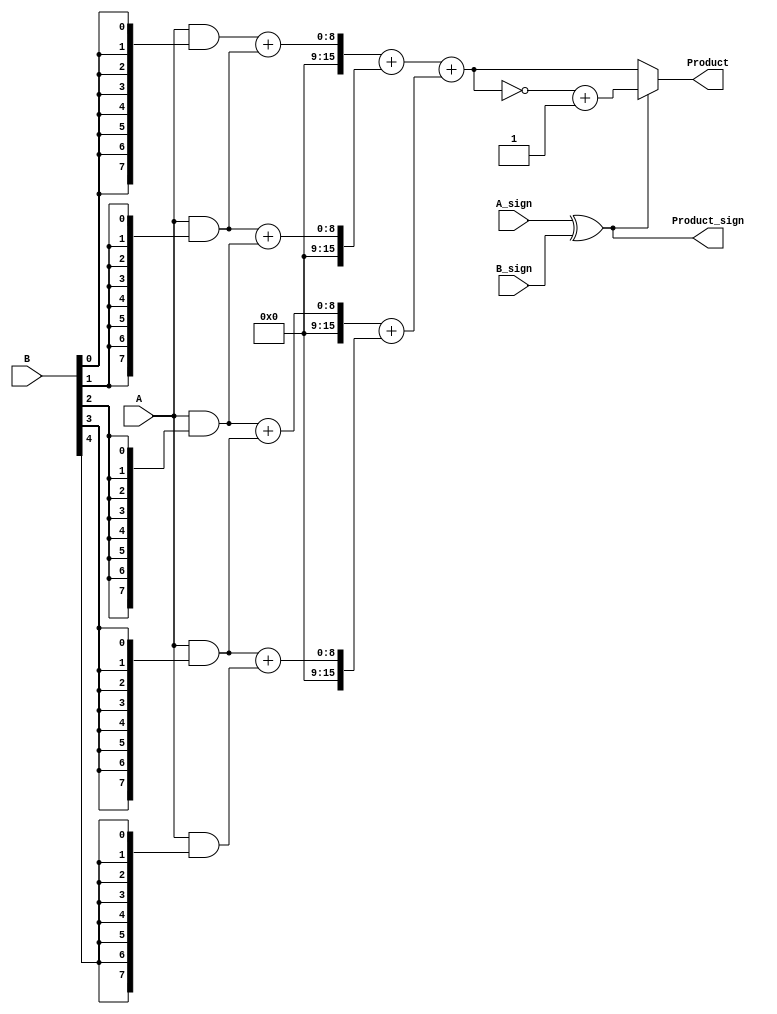
module fixed_point_wallace_tree_multiplier #(
    parameter N = 8, // Number of bits for operand A
    parameter M = 8  // Number of bits for operand B
)(
    input [N-1:0] A,           // First fixed-point operand
    input [M-1:0] B,           // Second fixed-point operand
    input A_sign,              // Sign bit of operand A
    input B_sign,              // Sign bit of operand B
    output reg [N+M-1:0] Product, // Fixed-point product output
    output reg Product_sign     // Sign bit of the resultant product
);

    // Partial product generation
    wire [N-1:0] partial_products[M-1:0];
    genvar i;
    generate
        for (i = 0; i < M; i = i + 1) begin: pp_gen
            assign partial_products[i] = A & {N{B[i]}};
        end
    endgenerate

    // Wallace tree reduction
    wire [N+M-1:0] sum[2*N-1:0]; // Intermediate sums
    wire [N+M-1:0] carry[2*N-1:0]; // Carry bits
    wire [N+M-1:0] final_sum;
    wire [N+M-1:0] final_carry;

    // Level 1: Combine partial products
    generate
        for (i = 0; i < M; i = i + 1) begin: reduction
            if (i < M-1) begin
                // Full adder for pairs of partial products
                assign {carry[i], sum[i]} = partial_products[i] + partial_products[i+1];
            end else begin
                assign sum[i] = partial_products[i];
                assign carry[i] = 0;
            end
        end
    endgenerate

    // Further reduction stages
    // This is a simplified version; you may need to implement more levels based on M and N
    // For brevity, we assume M <= 4 for this example
    wire [N+M-1:0] level1_sum[1:0];
    wire [N+M-1:0] level1_carry[1:0];

    assign {level1_carry[0], level1_sum[0]} = sum[0] + sum[1];
    assign {level1_carry[1], level1_sum[1]} = sum[2] + sum[3];

    // Final addition
    assign {final_carry, final_sum} = level1_sum[0] + level1_sum[1];

    // Sign handling
    always @(*) begin
        Product_sign = A_sign ^ B_sign; // XOR for sign bit
        Product = final_sum;
        
        // Handle overflow and sign extension if necessary
        if (Product_sign) begin
            // If the product is negative, perform two's complement
            Product = ~Product + 1;
        end
    end

endmodule